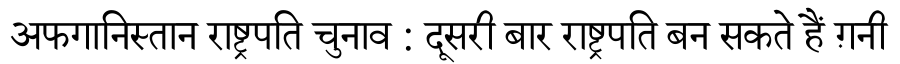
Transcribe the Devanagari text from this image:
अफगानिस्तान राष्ट्रपति चुनाव : दूसरी बार राष्ट्रपति बन सकते हैं ग़नी